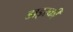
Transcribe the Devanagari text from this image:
डाइरकी